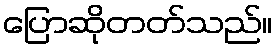
ပြောဆိုတတ်သည်။